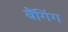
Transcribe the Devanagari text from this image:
बैंगिंग